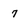
Character: 7